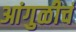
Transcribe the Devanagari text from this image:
आंगुळीचं